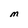
Character: M